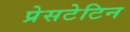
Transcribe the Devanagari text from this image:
प्रेसटेटिन